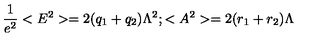
\frac { 1 } { e ^ { 2 } } < E ^ { 2 } > = 2 ( q _ { 1 } + q _ { 2 } ) \Lambda ^ { 2 } ; < A ^ { 2 } > = 2 ( r _ { 1 } + r _ { 2 } ) \Lambda